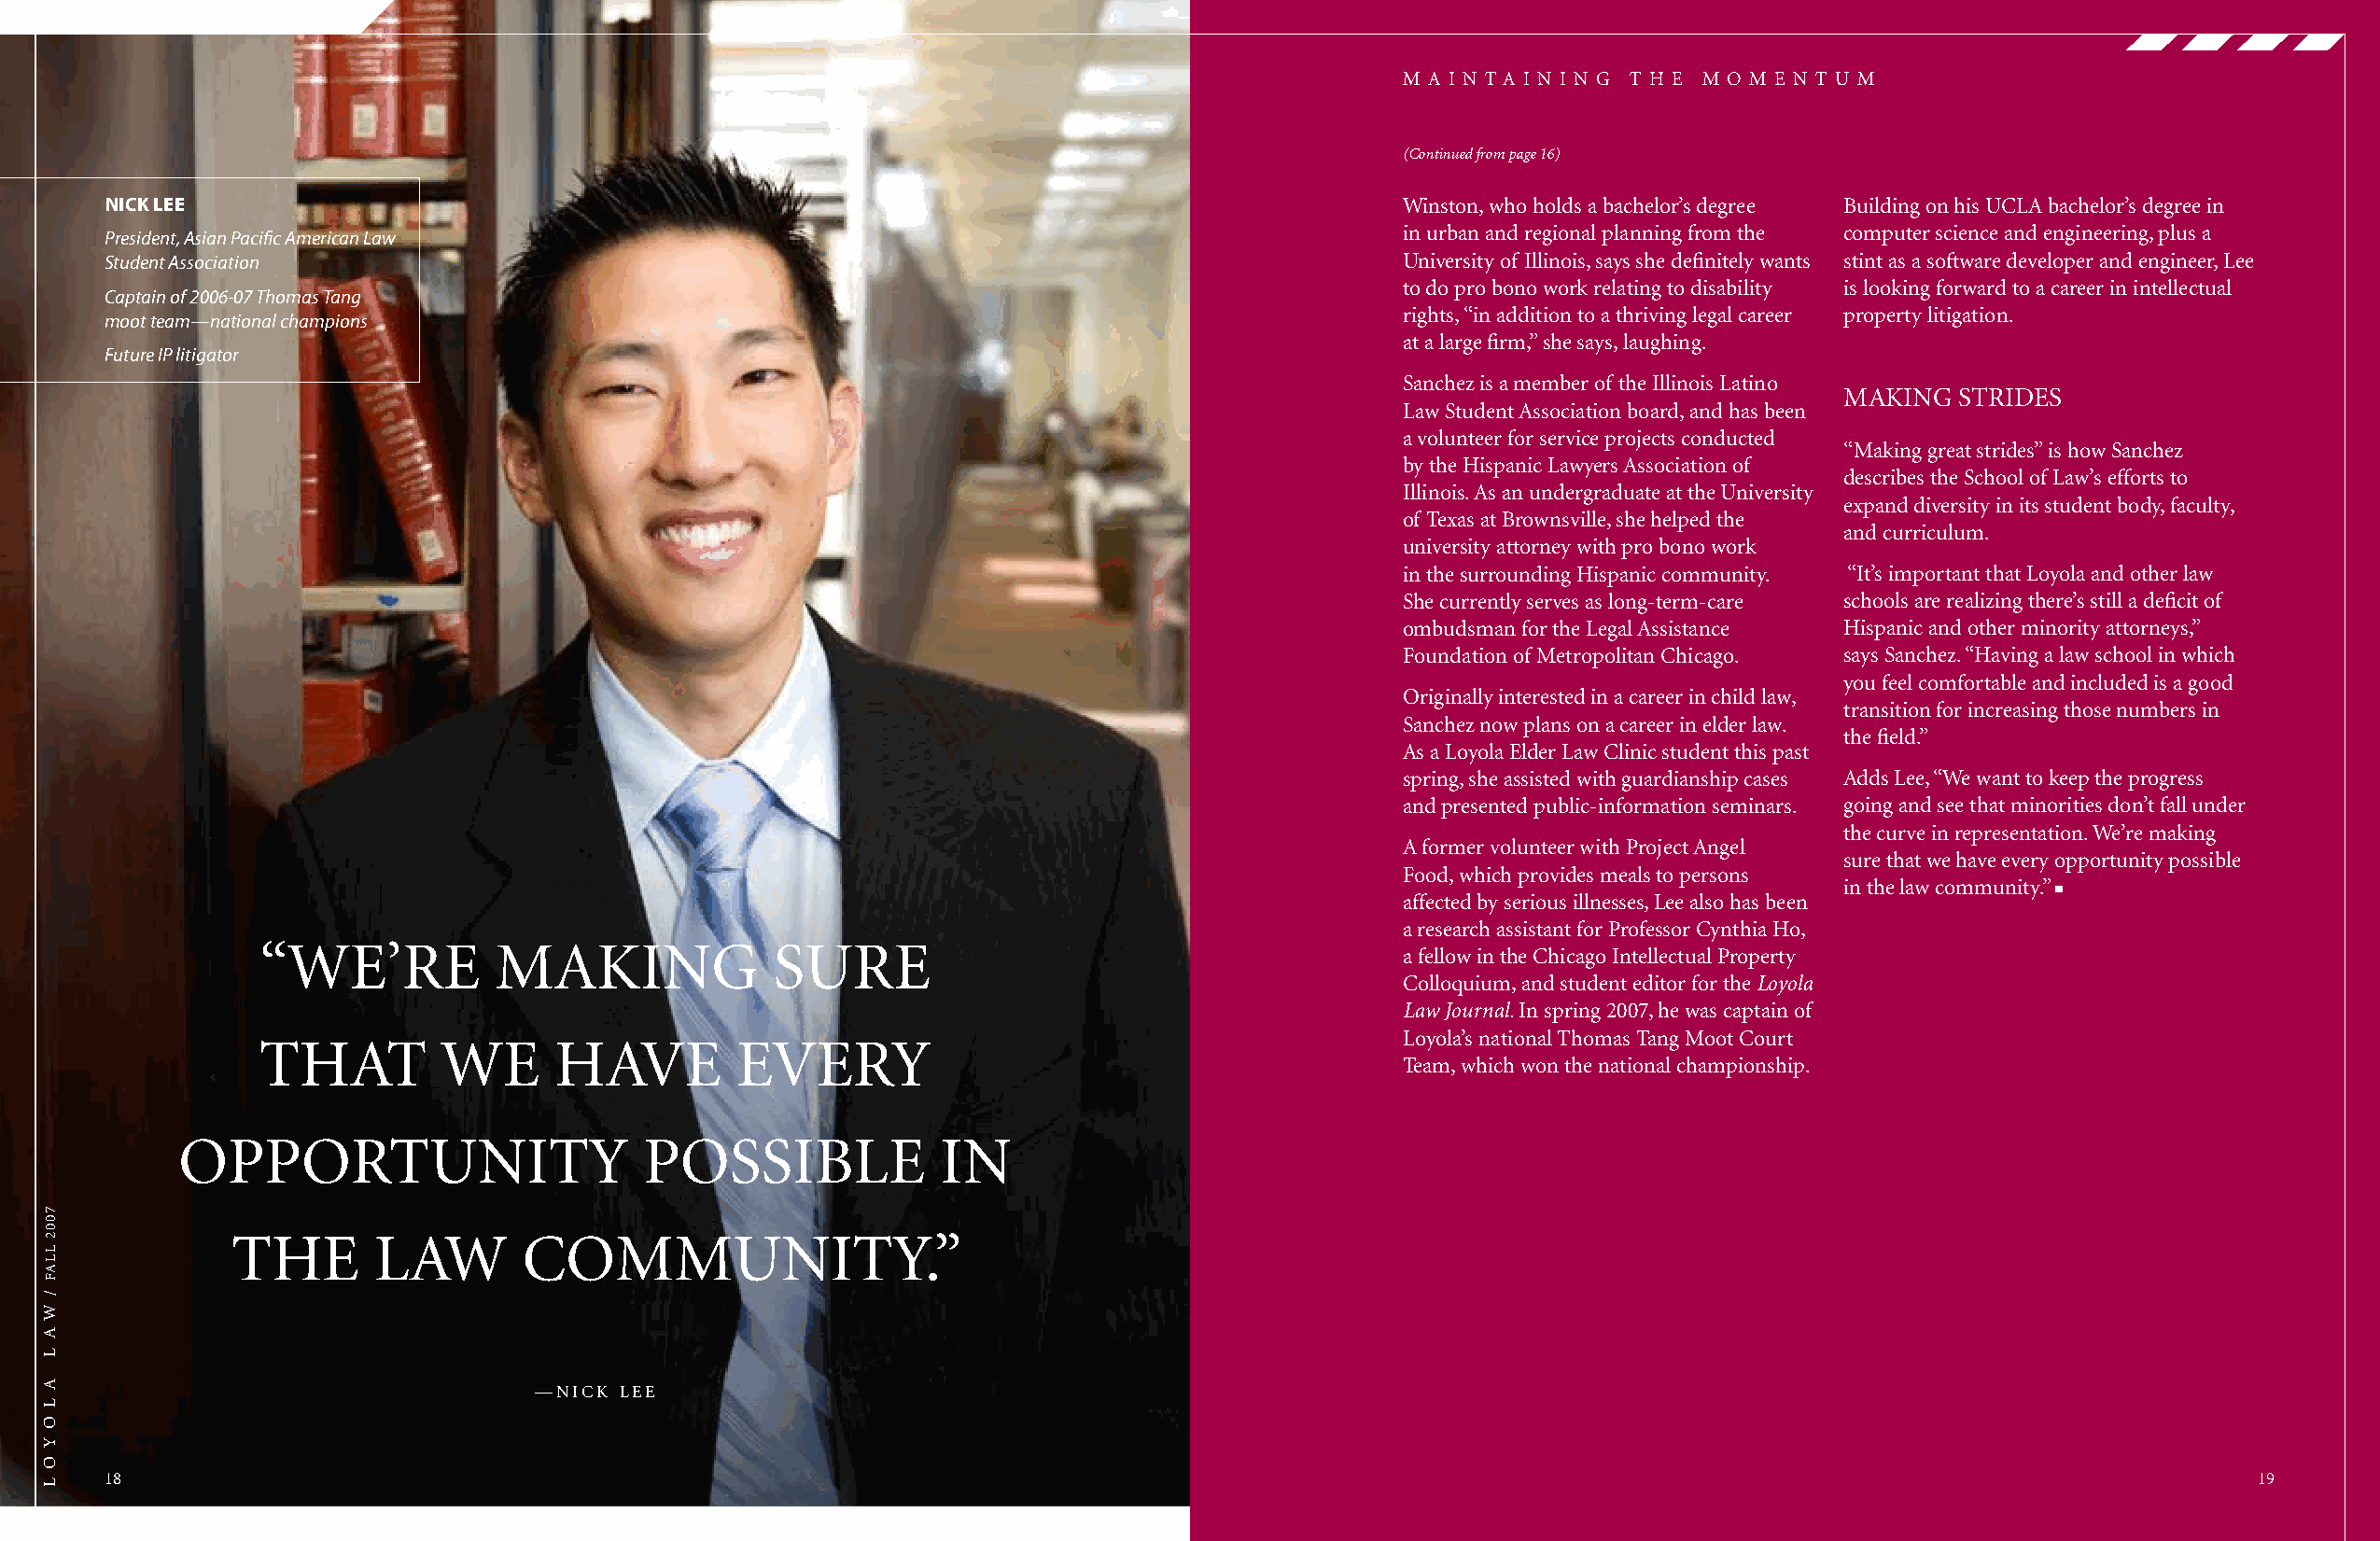
M A I N T A I N I N G T H E M O M E N T U M
 (Continued from page 16)
 niCk Lee                                                                                     Winston, who holds a bachelor’s degree Building on his UCLA bachelor’s degree in
 in urban and regional planning from the computer science and engineering, plus a
 President, Asian Pacific American Law
 Student Association                                                                          University of Illinois, says she definitely wants stint as a software developer and engineer, Lee
 to do pro bono work relating to disability is looking forward to a career in intellectual
 Captain of 2006-07 Thomas Tang
 rights, “in addition to a thriving legal career property litigation.
 moot team—national champions
 at a large firm,” she says, laughing.
 Future IP litigator
 Sanchez is a member of the Illinois Latino
 MAKING  STRIDES
 Law Student Association board, and has been
 a volunteer for service projects conducted
 “Making great strides” is how Sanchez
 by the Hispanic Lawyers Association of
 describes the School of Law’s efforts to
 Illinois. As an undergraduate at the University
 expand diversity in its student body, faculty,
 of Texas at Brownsville, she helped the
 and curriculum.
 university attorney with pro bono work
 in the surrounding Hispanic community. “It’s important that Loyola and other law
 She currently serves as long-term-care schools are realizing there’s still a deficit of
 ombudsman for the Legal Assistance Hispanic and other minority attorneys,”
 Foundation of Metropolitan Chicago. says Sanchez. “Having a law school in which
 you feel comfortable and included is a good
 Originally interested in a career in child law,
 transition for increasing those numbers in
 Sanchez now plans on a career in elder law.
 the field.”
 As a Loyola Elder Law Clinic student this past
 spring, she assisted with guardianship cases Adds Lee, “We want to keep the progress
 and presented public-information seminars. going and see that minorities don’t fall under
 the curve in representation. We’re making
 A former volunteer with Project Angel
 sure that we have every opportunity possible
 Food, which provides meals to persons
 in the law community.”
 n
 affected by serious illnesses, Lee also has been
 a research assistant for Professor Cynthia Ho,
 “WE’RE           MAKING              SURE
 a fellow in the Chicago Intellectual Property
 Colloquium, and student editor for the Loyola
 Law Journal. In spring 2007, he was captain of
 Loyola’s national Thomas Tang Moot Court
 THAT         WE      HAVE         EVERY
 Team, which won the national championship.
 OPPORTUNITY                      POSSIBLE             IN
 THE        LAW       COMMUNITY.”
 —NICK LEE
 18                                                                                                                                                       19
 7002
 LLAF
 /
 W
 A
 L
 A
 L
 O
 Y
 O
 L